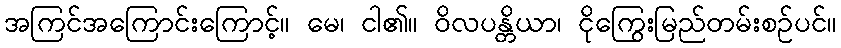
အကြင်အကြောင်းကြောင့်။ မေ၊ ငါ၏။ ဝိလပန္တိယာ၊ ငိုကြွေးမြည်တမ်းစဉ်ပင်။